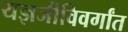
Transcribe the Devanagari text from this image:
यज्ञजीविवर्गांत